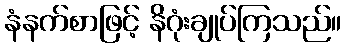
နံနက်စာဖြင့် နိဂုံးချုပ်ကြသည်။